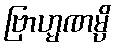
ဗြာဟ္မဏမ္ပိ